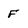
Character: F